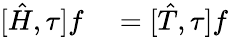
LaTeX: \begin{array}{rl}{[\hat{H},\tau]f}&{{}=[\hat{T},\tau]f}\end{array}